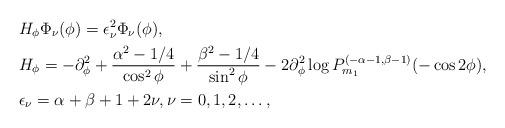
LaTeX: \begin{align*} & H_{\phi} \Phi_{\nu}(\phi) = \epsilon_{\nu}^2 \Phi_{\nu}(\phi), \\ & H_{\phi} = - \partial_{\phi}^2 + \frac{\alpha^2 - 1/4}{\cos^2\phi} + \frac{\beta^2 - 1/4} {\sin^2\phi} - 2 \partial_{\phi}^2 \log P^{(-\alpha-1,\beta-1)}_{m_1}(-\cos2\phi), \\ & \epsilon_{\nu} = \alpha + \beta + 1 + 2\nu, \nu=0, 1, 2, \ldots, \end{align*}